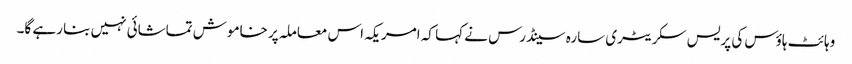
وہائٹ ہاؤس کی پریس سکریٹری سارہ سینڈرس نے کہا کہ امریکہ اس معاملہ پر خاموش تماشائی نہیں بنا رہے گا۔